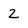
Character: 2